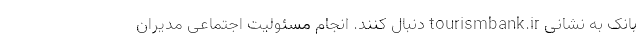
بانک به نشانی tourismbank.ir دنبال کنند. انجام مسئولیت اجتماعی مدیران